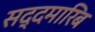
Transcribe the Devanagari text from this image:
सद्दमारिब